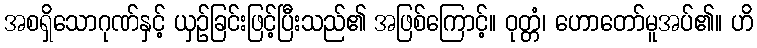
အစရှိသောဂုဏ်နှင့် ယှဉ်ခြင်းဖြင့်ပြီးသည်၏ အဖြစ်ကြောင့်။ ဝုတ္တံ၊ ဟောတော်မူအပ်၏။ ဟိ